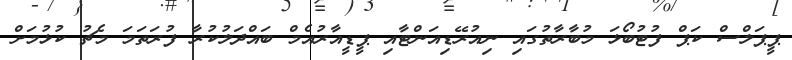
ޕީޕަލްސް ކަޕް ފުޓުބޯޅަ މުބާރާތުގައި ނިއުރޭޑިއަންޓާއި ޕީޑީއާރުއެމް ބައްދަލުކުރާ ފުރަތަމަ މެޗު ކުޅުމަށް